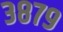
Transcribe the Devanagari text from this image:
३८७९